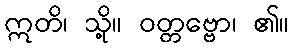
ဣတိ၊ သို့။ ဝတ္တဗ္ဗော၊ ၏။